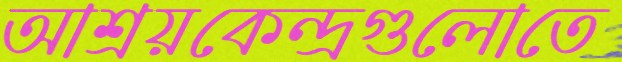
আশ্রয়কেন্দ্রগুলোতে